Statistics compiled by the Government of India from the reports of provincial Civil Veterinary Departments
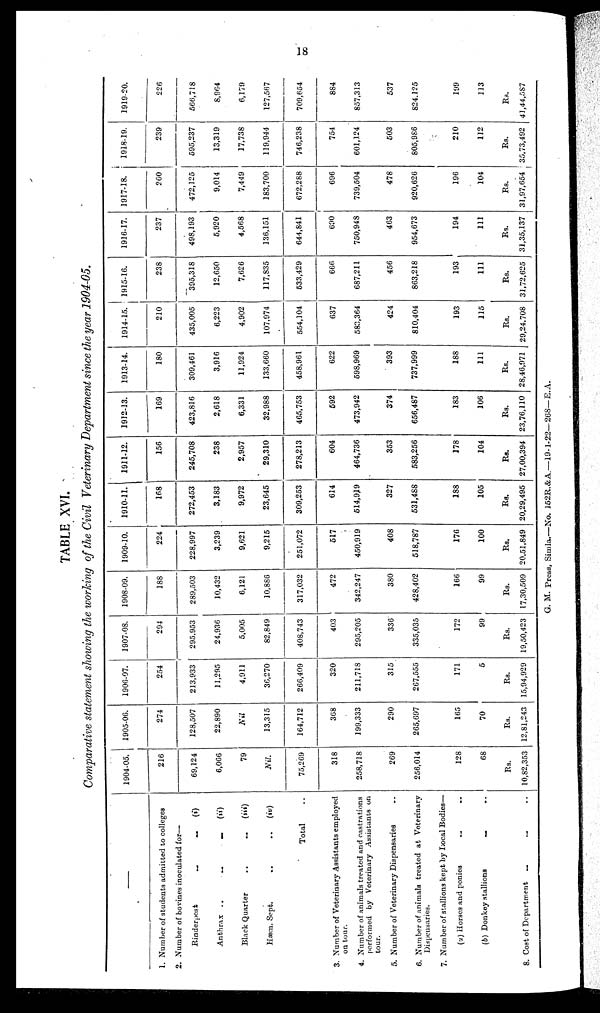
18
TABLE XVI.
Comparative statement showing the working of the Civil Veterinary Department since the year 1904-05.
—
1. Number of students admitted to colleges
2. Number of bovines inoculated for—
Rinderpest
..
..
(i)
Anthrax ..
..
..
(ii)
Black Quarter
..
..
(iii)
Hæm. Sept.
..
..
(iv)
Total ..
3. Number of Veterinary Assistants employed
on tour.
4. Number of animals treated and castrations
performed by Veterinary Assistants on
tour.
5. Number of Veterinary Dispensaries ..
6. Number of animals treated at Veterinary
Dispensaries.
7. Number of stallions kept by Local Bodies—
(a) Horses and ponies .. ..
(b) Donkey stallions
..
..
8. Cost of Department
..
..
..
1904-05.
216
69,124
6,066
79
Nil.
75,269
318
258,718
269
256,014
128
68
Rs.
10,82,353
1905-06.
274
128,507
22,890
Nil
13,315
164,712
368
199,333
290
265,697
165
70
Rs.
12,81,243
1906-07.
254
213,933
11,295
4,911
36,270
266,409
320
211,718
315
267,555
171
5
Rs.
15,94,929
1907-08.
294
295,953
24,936
5,005
82,849
408,743
403
295,205
336
335,035
172
99
Rs.
19,50,423
1908-09.
188
289,503
10,432
6,121
10,886
317,032
472
342,247
380
428,402
166
99
Rs.
17,30,509
1909-10.
224
228,997
3,239
9,621
9,215
251,072
517
450,919
408
518,787
176
100
Rs.
20,51,849
1910-11.
168
272,453
3,183
9,972
23,645
309,253
614
514,919
327
531,488
188
105
Rs.
20,29,495
1911-12.
156
245,708
238
2,957
29,310
278,213
604
464,736
353
583,256
178
104
Rs.
27,00,394
1912-13.
169
423,816
2,618
6,331
32,988
465,753
592
473,942
374
656,487
183
106
Rs.
23,76,110
1913-14.
180
309,461
3,916
11,924
133,660
458,961
622
598,969
393
737,999
188
111
Rs.
28,46,971
1914-15.
210
435,005
6,223
4,902
107,974
554,104
637
583,364
424
810,404
193
115
Rs.
29,24,708
1915-16.
238
395,318
12,650
7,626
117,835
533,429
666
687,211
456
863,218
193
111
Rs.
31,72,625
1916-17.
237
498,193
5,920
4,568
136,151
644,841
690
750,948
463
954,673
194
111
Rs.
31,35,137
1917-18.
260
472,125
9,014
7,449
183,700
672,288
696
739,504
478
920,626
196
104
Rs.
31,97,654
1918-19.
239
595,237
13,319
17,738
119,944
746,238
754
601,124
503
805,986
210
112
Rs.
35,73,492
1919-20.
226
566,718
8,964
6,179
127,567
709,654
884
857,313
537
824,125
199
113
Rs.
41,44,587
G. M. Press, Simla.—No. 152R.&A.—19-1-22—268—E.A.